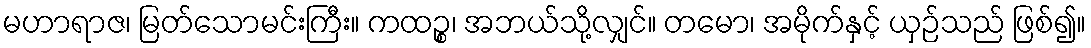
မဟာရာဇ၊ မြတ်သောမင်းကြီး။ ကထဉ္စ၊ အဘယ်သို့လျှင်။ တမော၊ အမိုက်နှင့် ယှဉ်သည် ဖြစ်၍။